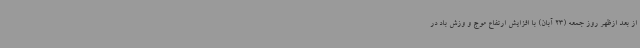
از بعد ازظهر روز جمعه (23 آبان) با افزایش ارتفاع موج و وزش باد در